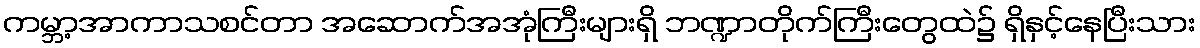
ကမ္ဘာ့အာကာသစင်တာ အဆောက်အအုံကြီးများရှိ ဘဏ္ဍာတိုက်ကြီးတွေထဲ၌ ရှိနှင့်နေပြီးသား